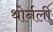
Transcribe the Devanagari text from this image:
थोर्नली